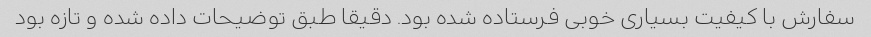
سفارش با کیفیت بسیاری خوبی فرستاده شده بود. دقیقا طبق توضیحات داده شده و تازه بود